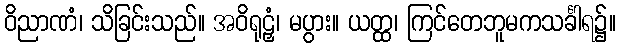
ဝိညာဏံ၊ သိခြင်းသည်။ အဝိရုဠှံ၊ မပွား။ ယတ္ထ၊ ကြင်တေဘူမကသင်္ခါရ၌။